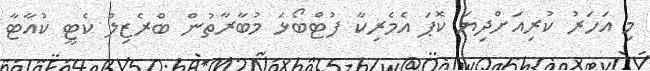
މި އަހަރު ކުރިއަށްދިޔަ ކޮޕަ އެމެރިކާ ފުޓްބޯޅަ މުބާރާތުން ބްރެޒިލް ކެޓީ ކުއާޓާ